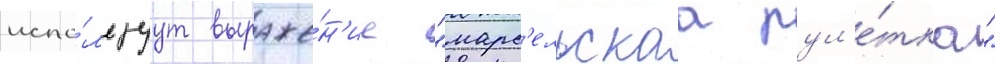
испо́льзуут выраже́н'ие "марс'ельскаа рул'е́тка"